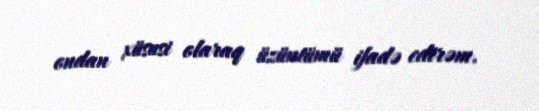
ondan xüsusi olaraq üzüntümü ifadə edirəm.